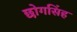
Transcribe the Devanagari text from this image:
छोगसिंह